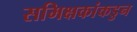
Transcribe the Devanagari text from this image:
समिक्षकांकडुन